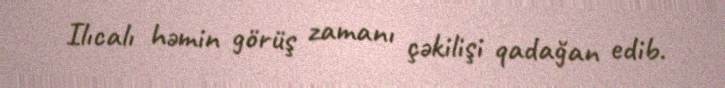
Ilıcalı həmin görüş zamanı çəkilişi qadağan edib.